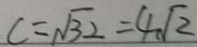
c = \sqrt { 3 2 } = 4 \sqrt { 2 }